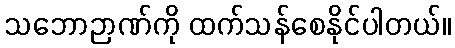
သဘောဉာဏ်ကို ထက်သန်စေနိုင်ပါတယ်။